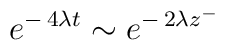
\:e^{-\,4\lambda t} \sim e^{-\,2\lambda z^{-}}\: